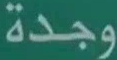
وجدة